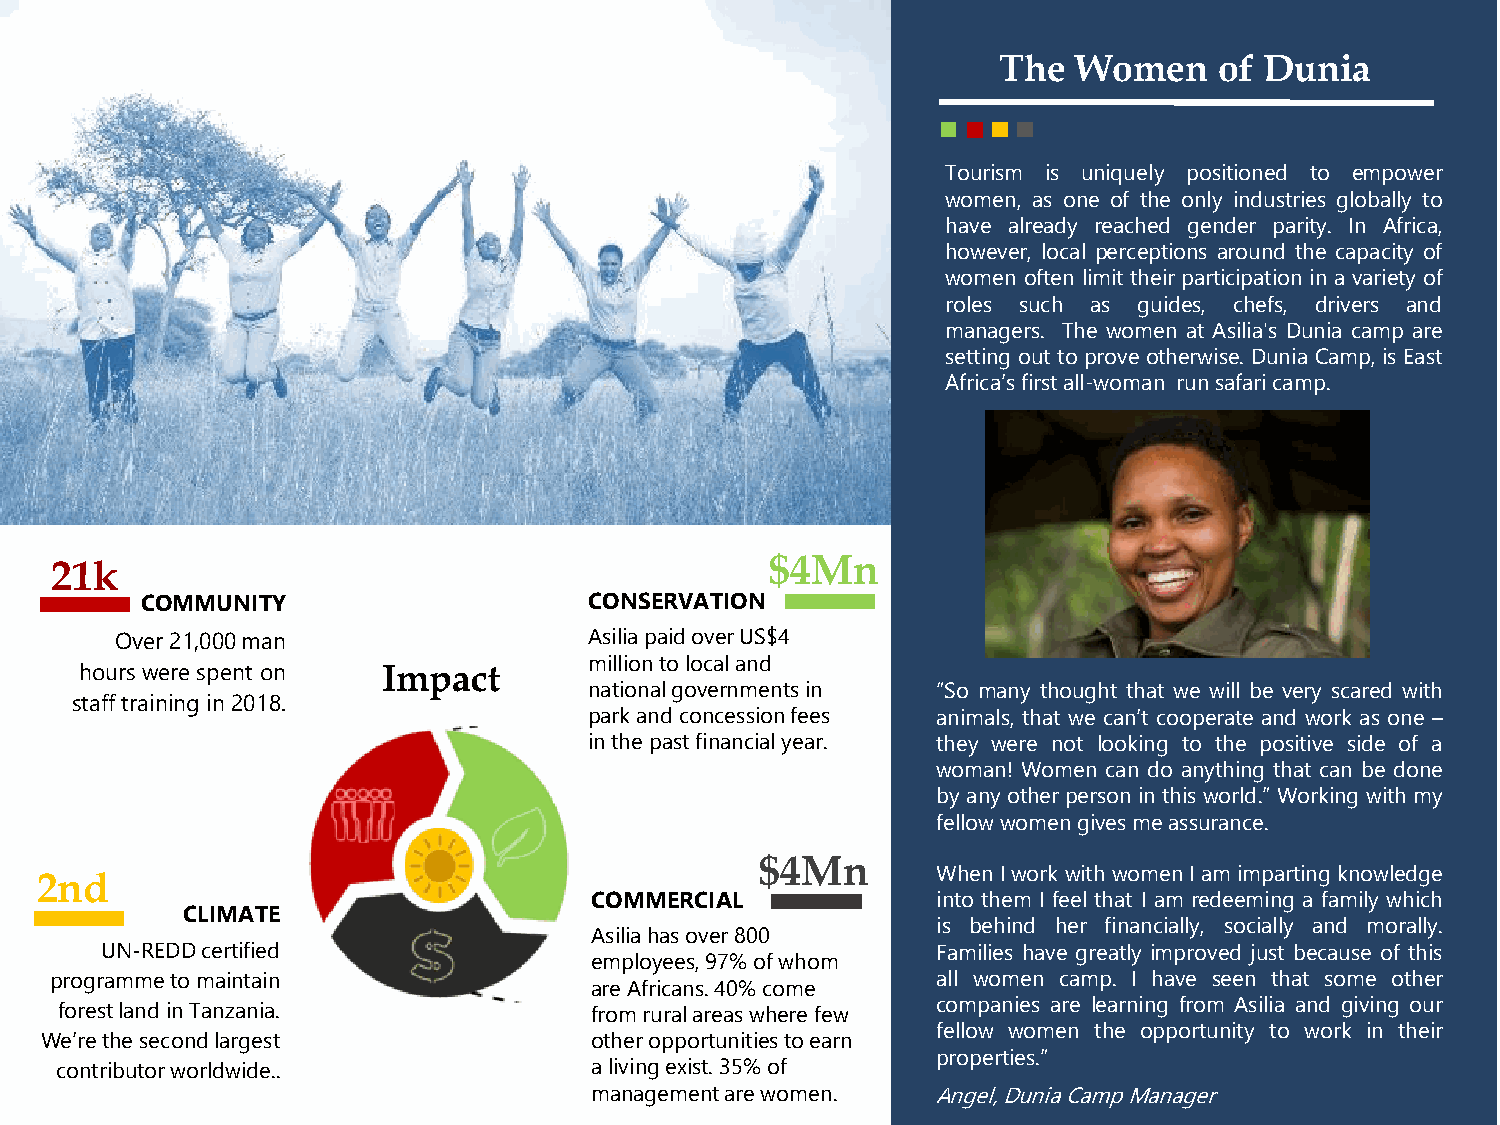
The  Women     of Dunia
 Tourism is uniquely positioned to empower
 women, as one of the only industries globally to
 have already reached gender parity. In Africa,
 however, local perceptions around the capacity of
 women often limit their participation in a variety of
 roles such as guides, chefs, drivers and
 managers. The women at Asilia's Dunia camp are
 setting out to prove otherwise. Dunia Camp, is East
 Africa’sfirstall-woman runsafaricamp.
 21k                                             $4Mn
 COMMUNITY                     CONSERVATION
 Over 21,000 man                Asiliapaid over US$4
 million to local and
 hours were spent on Impact
 national governments in “So many thought that we will be very scared with
 staff training in 2018.
 park and concession fees animals, that we can’t cooperate and work as one –
 in the past financial year. they were not looking to the positive side of a
 woman! Women can do anything that can be done
 by any other person in this world.” Working with my
 fellowwomengivesmeassurance.
 $4Mn
 When Iworkwith womenIam imparting knowledge
 2nd
 COMMERCIAL             into them I feel that I am redeeming a family which
 CLIMATE
 is behind her financially, socially and morally.
 Asilia has over 800
 UN-REDD certified                                      Families have greatly improved just because of this
 employees, 97% of whom
 programmeto maintain                                       all women camp. I have seen that some other
 are Africans. 40% come
 forest land in Tanzania.           from rural areas where few companies are learning from Asilia and giving our
 fellow women the opportunity to work in their
 We’re the second largest            other opportunities to earn
 properties.”
 contributor worldwide..            a living exist. 35% of
 management are women.  Angel,DuniaCampManager